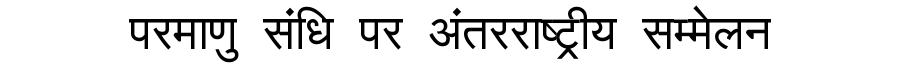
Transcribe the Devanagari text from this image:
परमाणु संधि पर अंतरराष्ट्रीय सम्मेलन